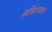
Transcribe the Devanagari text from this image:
कर्मिशयल